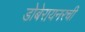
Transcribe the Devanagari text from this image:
डोबेरायनरची